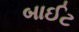
બાઈટ